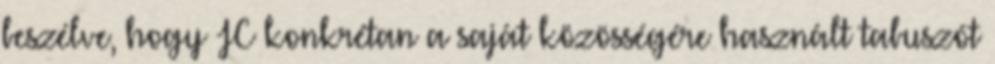
beszélve, hogy JC konkrétan a saját közösségére használt tabuszót